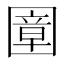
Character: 𡈠